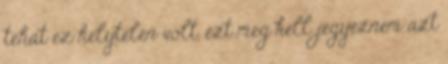
tehát ez helytelen volt, ezt meg kell jegyeznem azt